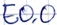
Text: E0.0